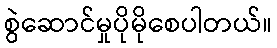
စွဲဆောင်မှုပိုမိုစေပါတယ်။